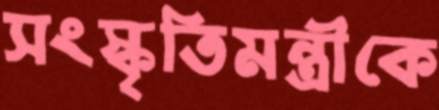
সংস্কৃতিমন্ত্রীকে